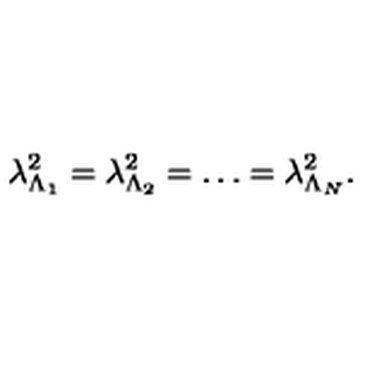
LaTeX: \lambda _ { \Lambda _ { 1 } } ^ { 2 } = \lambda _ { \Lambda _ { 2 } } ^ { 2 } = \dots = \lambda _ { \Lambda _ { N } } ^ { 2 } .